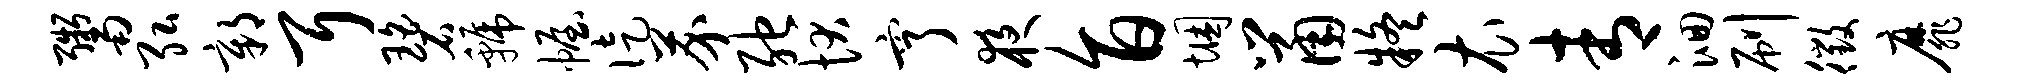
鬻弘鄣耳碧虢幄徒芥弛状亨夜旨悃鼠疑衣青洄刷徵靡